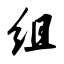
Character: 组